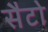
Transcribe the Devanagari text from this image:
सैटो